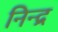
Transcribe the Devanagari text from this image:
निन्द्र